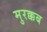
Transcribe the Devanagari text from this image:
मुरक्कब